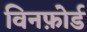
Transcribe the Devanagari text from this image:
विनफ़ोर्ड